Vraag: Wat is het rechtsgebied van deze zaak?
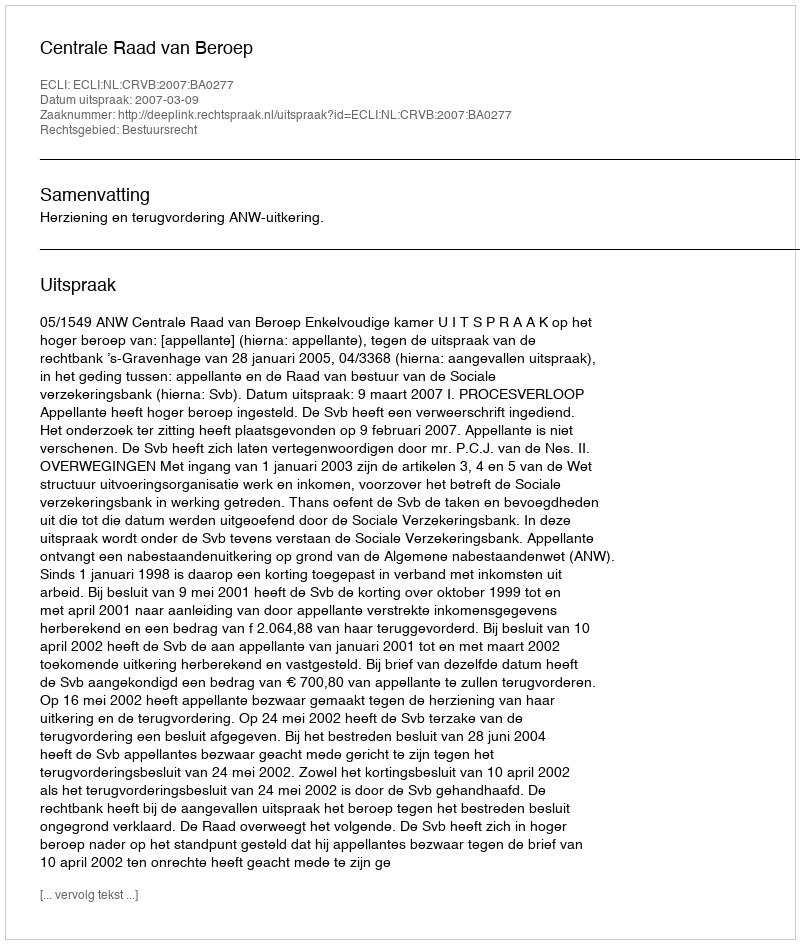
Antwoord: Bestuursrecht